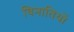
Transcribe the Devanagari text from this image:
विनातियों